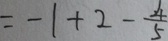
= - 1 + 2 - \frac { 4 } { 5 }